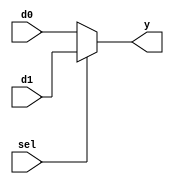
module mux2 #(parameter width =8 )(
input  [width-1:0] d0,d1, 
input  sel, 
output  [width-1:0] y);

assign y=sel?d1:d0;

endmodule